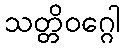
သတ္တိဝဂ္ဂေါ